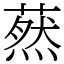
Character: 䔳